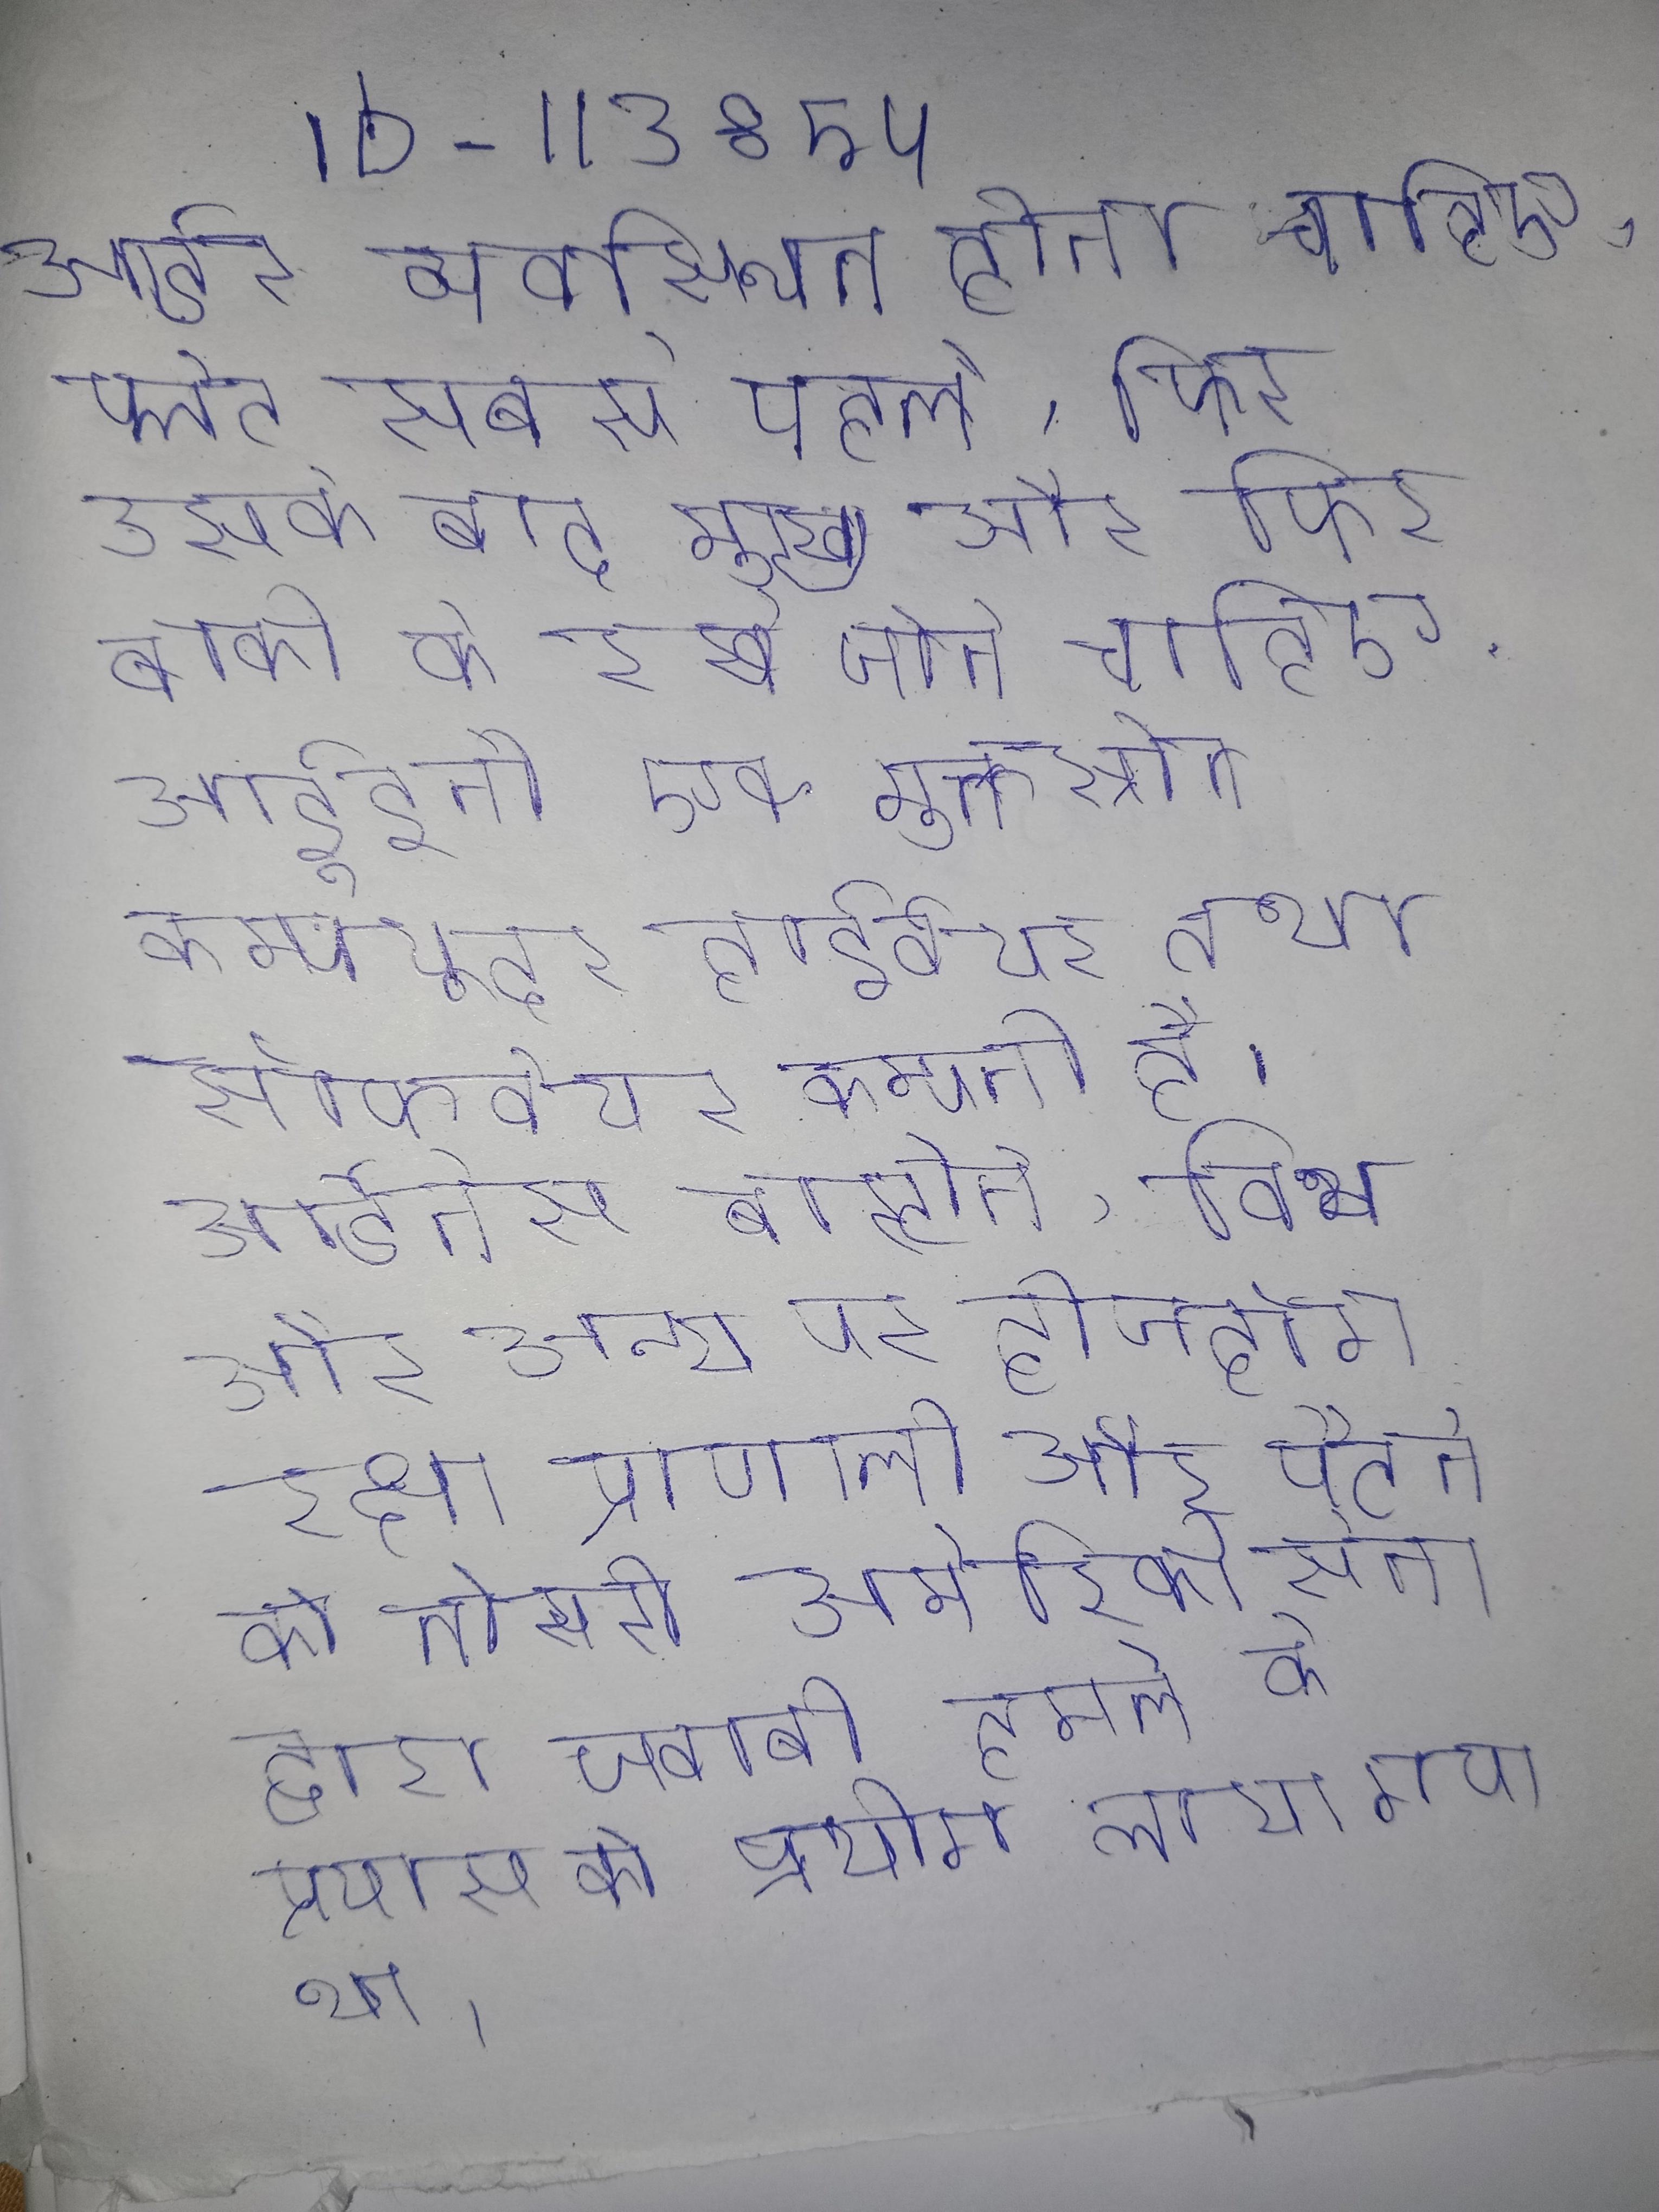
आर्डर व्यवस्थित होना चाहिए, प्लेट सबसे पहले, फिर उसके बाद मुख्य और फिर बाकी के रखे जाने चाहिए . आर्डूइनो एक मुक्तस्रोत कम्प्यूटर हार्डवेयर तथा सॉफ्टवेयर कम्पनी है । आर्डेनेस बास्टोने, विथ और अन्य पर हेजहॉग रक्षा प्रणाली और पैटन की तीसरी अमेरिकी सेना द्वारा जवाबी हमले के प्रयास को प्रयोग लाया गया था ।